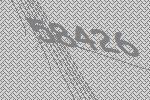
58426